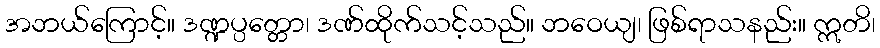
အဘယ်ကြောင့်။ ဒဏ္ဍပ္ပတ္တော၊ ဒဏ်ထိုက်သင့်သည်။ ဘဝေယျ၊ ဖြစ်ရာသနည်း။ ဣတိ၊